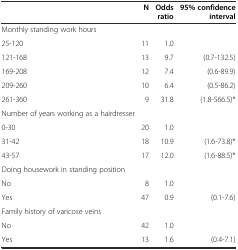
<table><thead><tr><td></td><td><b>N</b></td><td><b>Odds ratio</b></td><td><b>95% confidence interval</b></td></tr></thead><tbody><tr><td>Monthly standing work hours</td><td></td><td></td><td></td></tr><tr><td>25-120</td><td>11</td><td>1.0</td><td></td></tr><tr><td>121-168</td><td>13</td><td>9.7</td><td>(0.7-132.5)</td></tr><tr><td>169-208</td><td>12</td><td>7.4</td><td>(0.6-89.9)</td></tr><tr><td>209-260</td><td>10</td><td>6.4</td><td>(0.5-86.2)</td></tr><tr><td>261-360</td><td>9</td><td>31.8</td><td>(1.8-566.5)*</td></tr><tr><td>Number of years working as a hairdresser</td><td></td><td></td><td></td></tr><tr><td>0-30</td><td>20</td><td>1.0</td><td></td></tr><tr><td>31-42</td><td>18</td><td>10.9</td><td>(1.6-73.8)*</td></tr><tr><td>43-57</td><td>17</td><td>12.0</td><td>(1.6-88.5)*</td></tr><tr><td>Doing housework in standing position</td><td></td><td></td><td></td></tr><tr><td>No</td><td>8</td><td>1.0</td><td></td></tr><tr><td>Yes</td><td>47</td><td>0.9</td><td>(0.1-7.6)</td></tr><tr><td>Family history of varicose veins</td><td></td><td></td><td></td></tr><tr><td>No</td><td>42</td><td>1.0</td><td></td></tr><tr><td>Yes</td><td>13</td><td>1.6</td><td>(0.4-7.1)</td></tr></tbody></table>